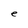
Character: e